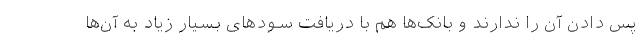
پس دادن آن را ندارند و بانک‌ها هم با دریافت سودهای بسیار زیاد به آن‌ها